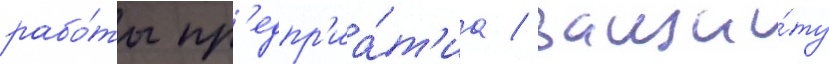
рабо́ты пр'едпр'иа́т'иа / защи́ту